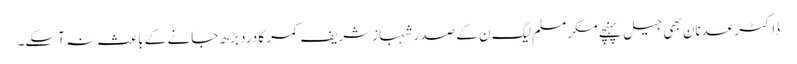
ڈاکٹر عدنان بھی جیل پہنچے مگر مسلم لیگ ن کے صدر شہبازشریف کمر کا درد بڑھ جانے کے باعث نہ آسکے۔